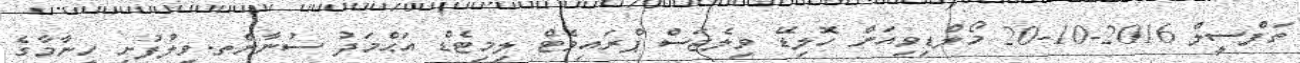
ތަފްސީލް 2016-10-20 މޯލްޑިވިއަން ހޮލިޑޭ ވިލެޖަސް ޕްރައިވެޓް ލިމިޓެޑް އަޙްމަދު ސުނާންތ.ވިލުފުށި ހީނާމާގެ